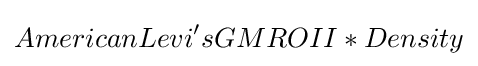
AmericanLevi'sGMROII*Density